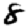
Digit: 8